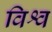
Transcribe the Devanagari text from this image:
विश्व